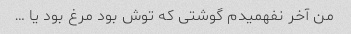
من آخر نفهمیدم گوشتی که توش بود مرغ بود یا …